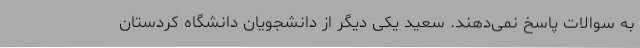
به سوالات پاسخ نمی‌دهند. سعید یکی دیگر از دانشجویان دانشگاه کردستان